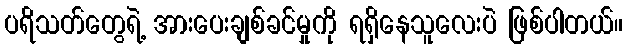
ပရိသတ်တွေရဲ့ အားပေးချစ်ခင်မှုကို ရရှိနေသူလေးပဲ ဖြစ်ပါတယ်။